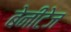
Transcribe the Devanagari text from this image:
बेनीटेज